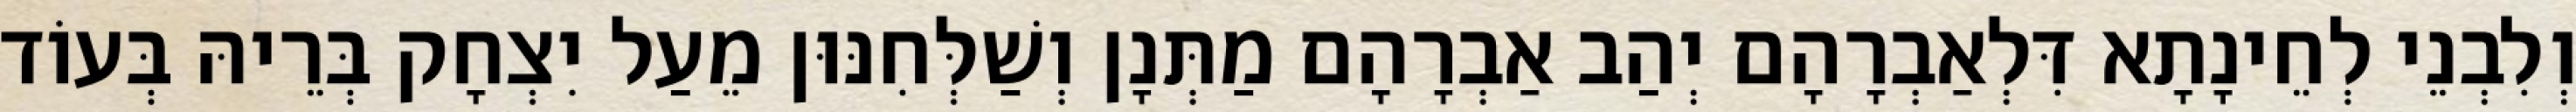
וְלִבְנֵי לְחֵינָתָא דִּלְאַבְרָהָם יְהַב אַבְרָהָם מַתְּנָן וְשַׁלְּחִנּוּן מֵעַל יִצְחָק בְּרֵיהּ בְּעוֹד